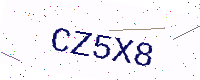
Text: CZ5X8